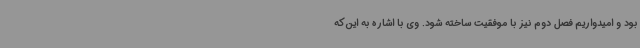
بود و امیدواریم فصل دوم نیز با موفقیت ساخته شود. وی با اشاره به این‌که